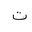
Letter: _ta